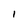
Character: I